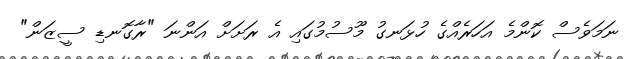
ނަމަވެސް ކޮންމެ އަހަރެއްގެ ހުޅަނގު މޫސުމުގައި އެ ރަށަށް އަންނަ "ރާގޮނޑި ސީޒަން"